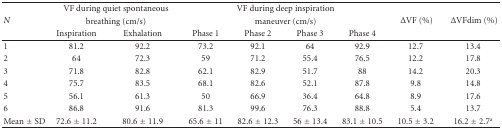
<table><thead><tr><td rowspan="3"><b><i>N</i></b></td><td colspan="2"><b>VF during quiet spontaneous</b></td><td colspan="4"><b>VF during deep inspiration</b></td><td rowspan="3"><b> ΔVF (%)</b></td><td rowspan="3"><b> ΔVFdim (%)</b></td></tr><tr><td colspan="2"><b>breathing (cm/s)</b></td><td colspan="4"><b>maneuver (cm/s)</b></td></tr><tr><td><b>Inspiration</b></td><td><b>Exhalation</b></td><td><b>Phase 1</b></td><td><b>Phase 2</b></td><td><b>Phase 3</b></td><td><b>Phase 4</b></td></tr></thead><tbody><tr><td>1</td><td>81.2</td><td>92.2</td><td>73.2</td><td>92.1</td><td>64</td><td>92.9</td><td>12.7</td><td>13.4</td></tr><tr><td>2</td><td>64</td><td>72.3</td><td>59</td><td>71.2</td><td>55.4</td><td>76.5</td><td>12.2</td><td>17.8</td></tr><tr><td>3</td><td>71.8</td><td>82.8</td><td>62.1</td><td>82.9</td><td>51.7</td><td>88</td><td>14.2</td><td>20.3</td></tr><tr><td>4</td><td>75.7</td><td>83.5</td><td>68.1</td><td>82.6</td><td>52.1</td><td>87.8</td><td>9.8</td><td>14.8</td></tr><tr><td>5</td><td>56.1</td><td>61.3</td><td>50</td><td>66.9</td><td>36.4</td><td>64.8</td><td>8.9</td><td>17.6</td></tr><tr><td>6</td><td>86.8</td><td>91.6</td><td>81.3</td><td>99.6</td><td>76.3</td><td>88.8</td><td>5.4</td><td>13.7</td></tr><tr><td>Mean ± SD</td><td>72.6 ± 11.2</td><td>80.6 ± 11.9</td><td>65.6 ± 11</td><td>82.6 ± 12.3</td><td>56 ± 13.4</td><td>83.1 ± 10.5</td><td>10.5 ± 3.2</td><td>16.2 ± 2.7<sup>a</sup></td></tr></tbody></table>